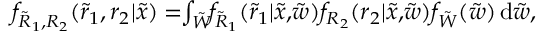
\begin{array} { r l } & { f _ { { { \tilde { R } _ { 1 } } } , { { { R _ { 2 } } } } } ( \tilde { r } _ { 1 } , { r _ { 2 } } | \tilde { x } ) = \! \! \int _ { \tilde { W } } \! \! f _ { { { { \tilde { R } } } _ { 1 } } } ( { { { \tilde { r } } } _ { 1 } } | \tilde { x } , \! \tilde { w } ) f _ { { { { R } } _ { 2 } } } ( { { { r } } _ { 2 } } | \tilde { x } , \! \tilde { w } ) f _ { { { \tilde { W } } } } ( \tilde { w } ) \, \mathrm { d } { \tilde { w } } , } \end{array}